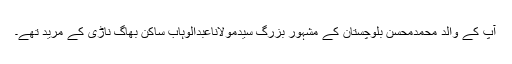
آپ کے والد محمدمحسن بلوچستان کے مشہور بزرگ سیدمولاناعبدالوہابؒ ساکن بھاگ ناڑی کے مرید تھے۔